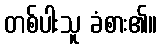
တစ်ပါးသူ ခံစား၏။